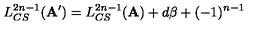
L _ { C S } ^ { 2 n - 1 } ( { \bf A } ^ { \prime } ) = L _ { C S } ^ { 2 n - 1 } ( { \bf A } ) + d \beta + ( - 1 ) ^ { n - 1 }